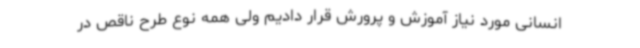
انسانی مورد نیاز آموزش و پرورش قرار دادیم ولی همه نوع طرح ناقص در